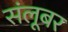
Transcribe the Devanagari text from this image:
संलूबर